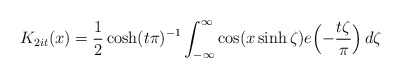
\begin{align*}K_{2 i t}(x) = \frac{1}{2} \cosh(t \pi)^{-1} \int_{-\infty}^\infty \cos(x \sinh \zeta) e\Bigl( -\frac{t \zeta}{\pi} \Bigr) \, d\zeta\end{align*}